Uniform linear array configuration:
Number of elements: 24
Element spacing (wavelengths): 0.25
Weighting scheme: hamming
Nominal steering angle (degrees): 45
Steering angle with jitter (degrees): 43.564
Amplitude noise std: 0.05
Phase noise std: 0.05

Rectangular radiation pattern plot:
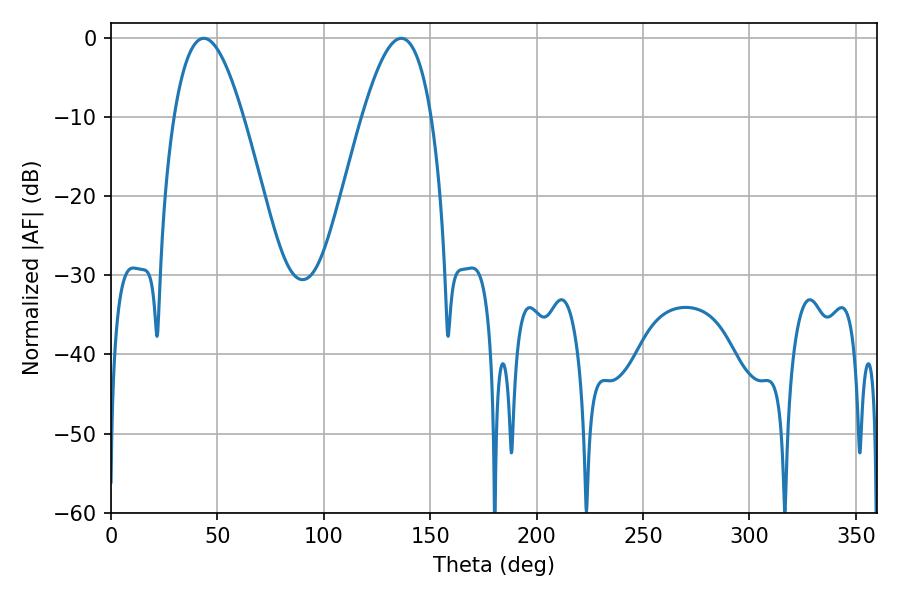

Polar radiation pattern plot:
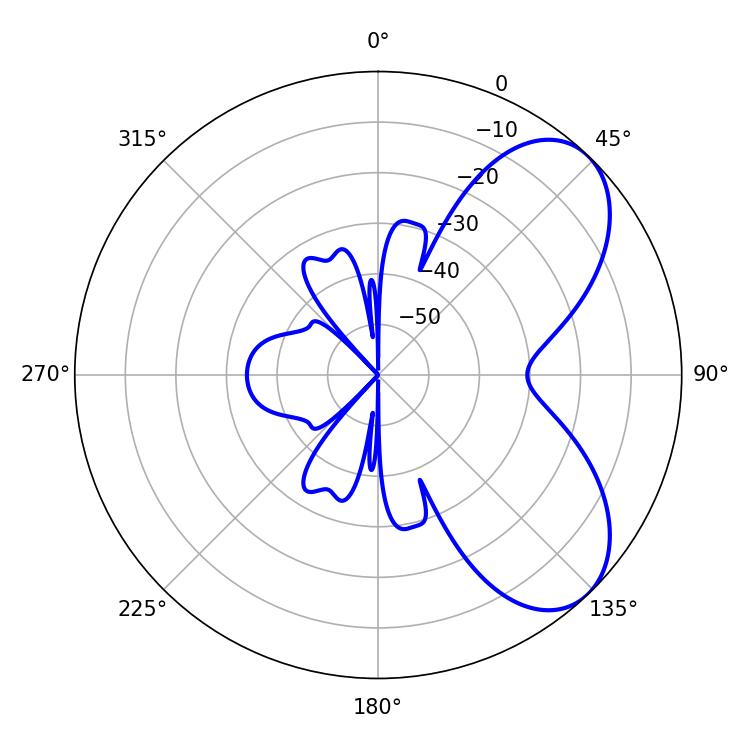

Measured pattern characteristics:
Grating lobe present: FALSE
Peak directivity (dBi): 6.3
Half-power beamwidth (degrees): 17.64
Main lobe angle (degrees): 43.56